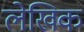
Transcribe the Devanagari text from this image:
लेखिक